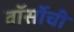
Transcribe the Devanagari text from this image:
वॉर्सोची